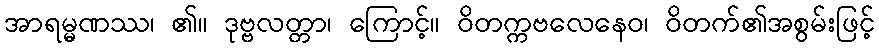
အာရမ္မဏဿ၊ ၏။ ဒုဗ္ဗလတ္တာ၊ ကြောင့်။ ဝိတက္ကဗလေနေဝ၊ ဝိတက်၏အစွမ်းဖြင့်